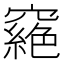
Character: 𥨟